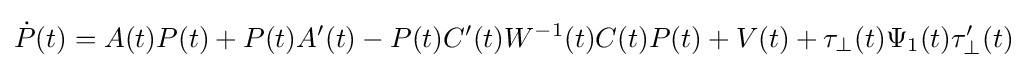
{\dot {P}}(t)=A(t)P(t)+P(t)A'(t)-P(t)C'(t)W^{-1}(t)C(t)P(t)+V(t)+\tau _{\perp }(t)\Psi _{1}(t)\tau '_{\perp }(t)